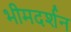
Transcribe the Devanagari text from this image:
भीमदर्शन